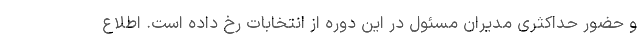
و حضور حداکثری مدیران مسئول در این دوره از انتخابات رخ داده است. اطلاع